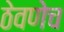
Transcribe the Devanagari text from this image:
ठेवणेच